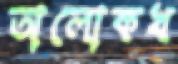
অলোকখ